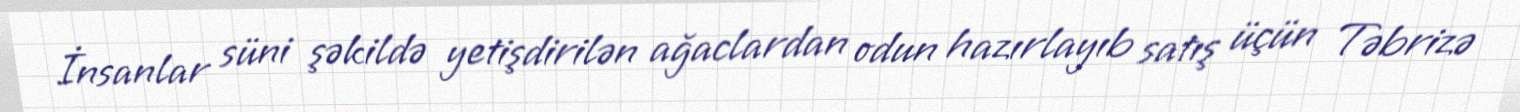
İnsanlar süni şəkildə yetişdirilən ağaclardan odun hazırlayıb satış üçün Təbrizə